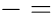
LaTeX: -=